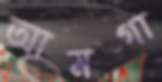
আমগা